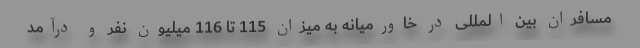
مسافران بین المللی در خاورمیانه به میزان 115 تا 116 میلیون نفر و درآمد